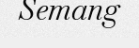
Semang